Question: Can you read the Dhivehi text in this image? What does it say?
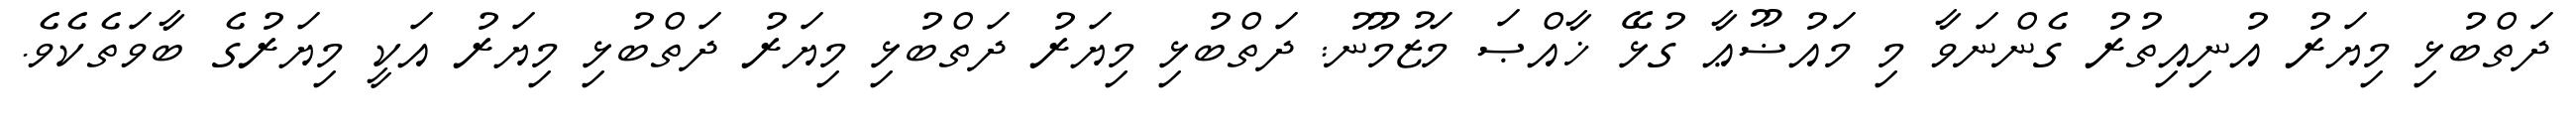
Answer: ދަތްބުޅި މިޔަރު އުނިއިތުރު ގެންނަވާ މި މައުޟޫޢާ ގުޅޭ ޚާއްޞަ މަޒުމޫނު: ދަތްބުޅި މިޔަރު ދަތްބުޅި މިޔަރު ދަތްބުޅި މިޔަރު އަކީ މިޔަރުގެ ބާވަތެކެވެ.